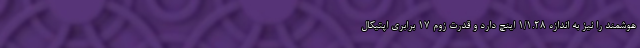
هوشمند را نیز به اندازه 1/1.28 اینچ دارد و قدرت زوم 17 برابری اپتیکال